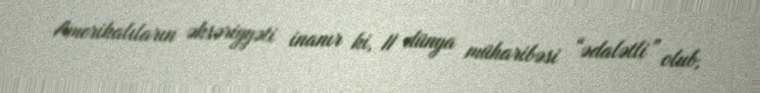
Amerikalıların əksəriyyəti inanır ki, II dünya müharibəsi “ədalətli” olub,